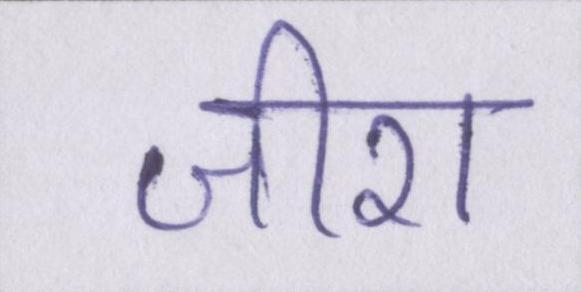
जीरा